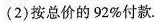
(2)按总价的92%付款.